Civil Veterinary Dept. North-West Frontier Province 1933-46 - 1933-1946
Year: 1933
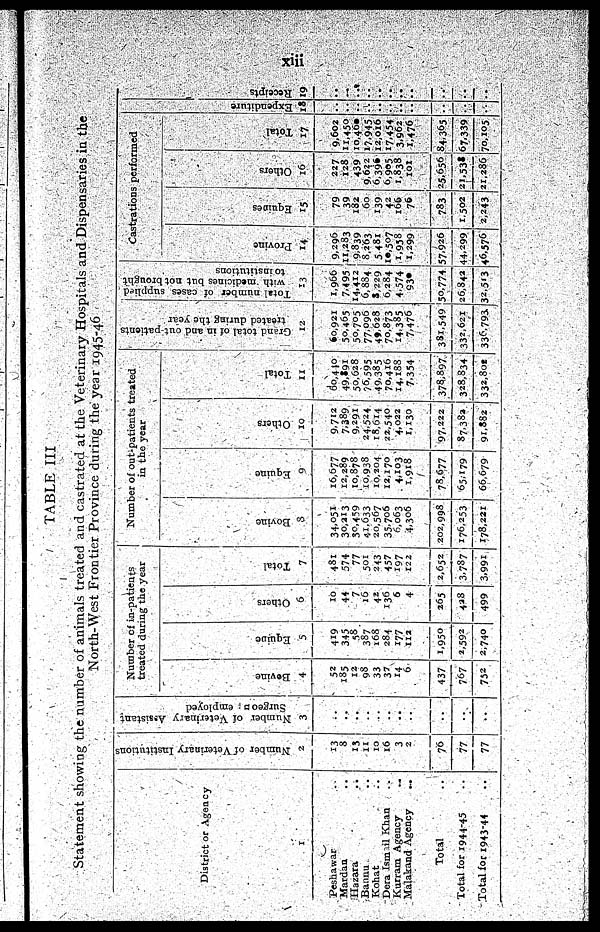
xiii
TABLE III
Statement showing the number of animals treated and castrated at the Veterinary Hospitals and Dispensaries in the
North-West Frontier Province during the year 1945-46
District or Agency
1
Peshawar ..
Mardan ..
Hazara
..
Bannu ..
Kohat ..
Dera Ismail Khan ..
Kurram Agency ..
Malakand Agency ..
Total ..
Total for 1944-45 ..
Total for 1943-44 ..
Number of Veterinary Institutions
2
13
8
13
11
10
16
3
2
76
77
77
Number of Veterinary Assistant
Surgeon employed
3
..
..
..
..
..
..
..
..
..
..
..
Number of in-patients
treated during the year
Bovine
4
52
185
12
98
33
37
14
6
437
767
752
Equine
5
419
345
58
387
168
284
177
112
1,950
2,592
2,740
Others
6
10
44
7
16
42
136
6
4
265
428
499
Total
7
481
574
77
501
243
457
197
122
2,652
3,787
3,991
Number of out-patients treated
in the year
Bovine
8
34,051
30,213
30,459
41,633
20,567
35,706
6,063
4,306
202,998
176,253
178,221
Equine
9
16,677
12,289
10,878
10,938
10,204
12,170
4,103
1,918
78,677
65,179
66,679
Others
10
9,712
7,389
9,291
24,524
18,614
22,540
4,022
1,130
97,222
87,382
91,882
Total
11
60,440
49,891
50,628
76,595
49,385
70,416
14,188
7,354
378,897
328,834
332,800
Grand
total of in and out-patients
treated during the year
12
60,921
50,465
50,705
77,096
49,628
70,873
14,385
7,476
381,549
332,621
336,793
Total number of cases supplied
with medicines but not brought
to institutions
13
1,966
7,495
14,412
6,884
8,229
6,284
4,574
930
50,774
26,842
32,513
Castrations performed
Provine
14
9,296
11,283
9,839
8,263
5 481
10,507
1,958
1,299
57,926
44,299
46,576
Equines
15
79
39
182
60
139
42
166
76
783
1,502
2,243
Others
16
227
128
439
9,622
6,396
6,905
1,838
101
25,656
21,538
21,286
Total
17
9,602
11,450
10,460
17,945
12,016
17,454
3,962
1,476
84,365
67,339
70,105
Expe ndi t
ur e
18
..
..
..
..
..
..
..
..
..
..
..
Recei pt s
19
..
..
..
..
..
..
..
..
..
..
..